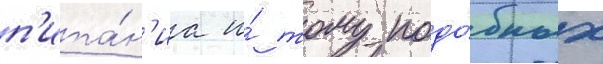
п'ита́н'иа и́ тому подо́бных